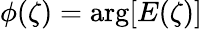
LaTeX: \phi(\zeta)=\mathrm{arg}[E(\zeta)]